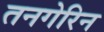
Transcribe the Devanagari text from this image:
तनगेरिन